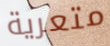
متعرية